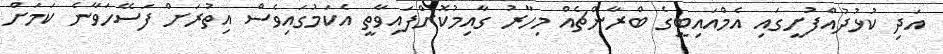
އަދި ކުޅުދުއްފުށީގައި އެމްއައިބީގެ ބްރާންޗެއް މިހާރު ގާއިމުކޮށްފައިވާތީ އެކަމުގައިވެސް އިތުރަށް ފަސޭހަވާނެ ކަމަށް